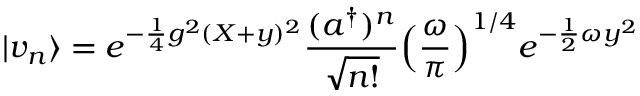
\vert v _ { n } \rangle = e ^ { - { \frac { 1 } { 4 } } g ^ { 2 } ( X + y ) ^ { 2 } } { \frac { ( a ^ { \dag } ) ^ { n } } { \sqrt { n ! } } } \Big ( { \frac { \omega } { \pi } } \Big ) ^ { 1 / 4 } e ^ { - { \frac { 1 } { 2 } } \omega y ^ { 2 } }